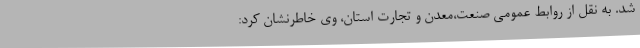
شد. به نقل از روابط عمومی صنعت،معدن و تجارت استان، وی خاطرنشان کرد: